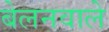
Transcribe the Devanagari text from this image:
बेलनवाले